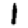
Digit: 1